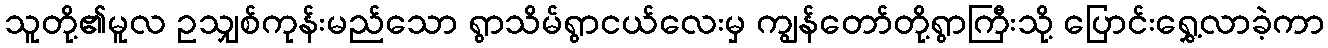
သူတို့၏မူလ ဥသျှစ်ကုန်းမည်သော ရွာသိမ်ရွာငယ်လေးမှ ကျွန်တော်တို့ရွာကြီးသို့ ပြောင်းရွှေ့လာခဲ့ကာ